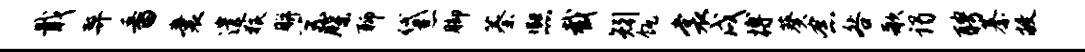
戢弊番囊遣狼胼系牒聊黛脚蓁熙截矧瓴裳戌搏葵念咎歌谒聘綦敝